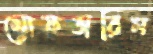
মোফতারিন